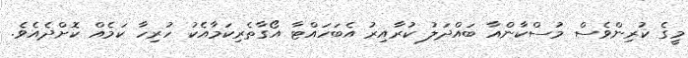
މީގެ ކުރިންވެސް މުސްކާންއާ ބައްދަލު ކުރާއިރު އެބަހައްޓާ އޯގާތެރިކަމާއެކު ހުރިހާ ކަމެއް ކޮށްދެއެވެ.